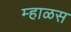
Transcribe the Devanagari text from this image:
म्हाळस